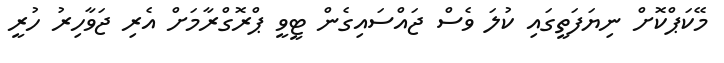
މޭކަޕްކޮށް ނިޔަފަތީގައި ކުލަ ވެސް ޖައްސައިގެން ޓީވީ ޕްރޮގްރާމަށް އެރި ޖަވާހިރު ހުރީ